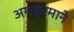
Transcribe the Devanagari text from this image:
अगक्रमाने